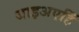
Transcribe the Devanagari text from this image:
जाइअएहिँ